Vana-Kasaritsa_(Kasaritsa)_vallavalitsus, lk 37
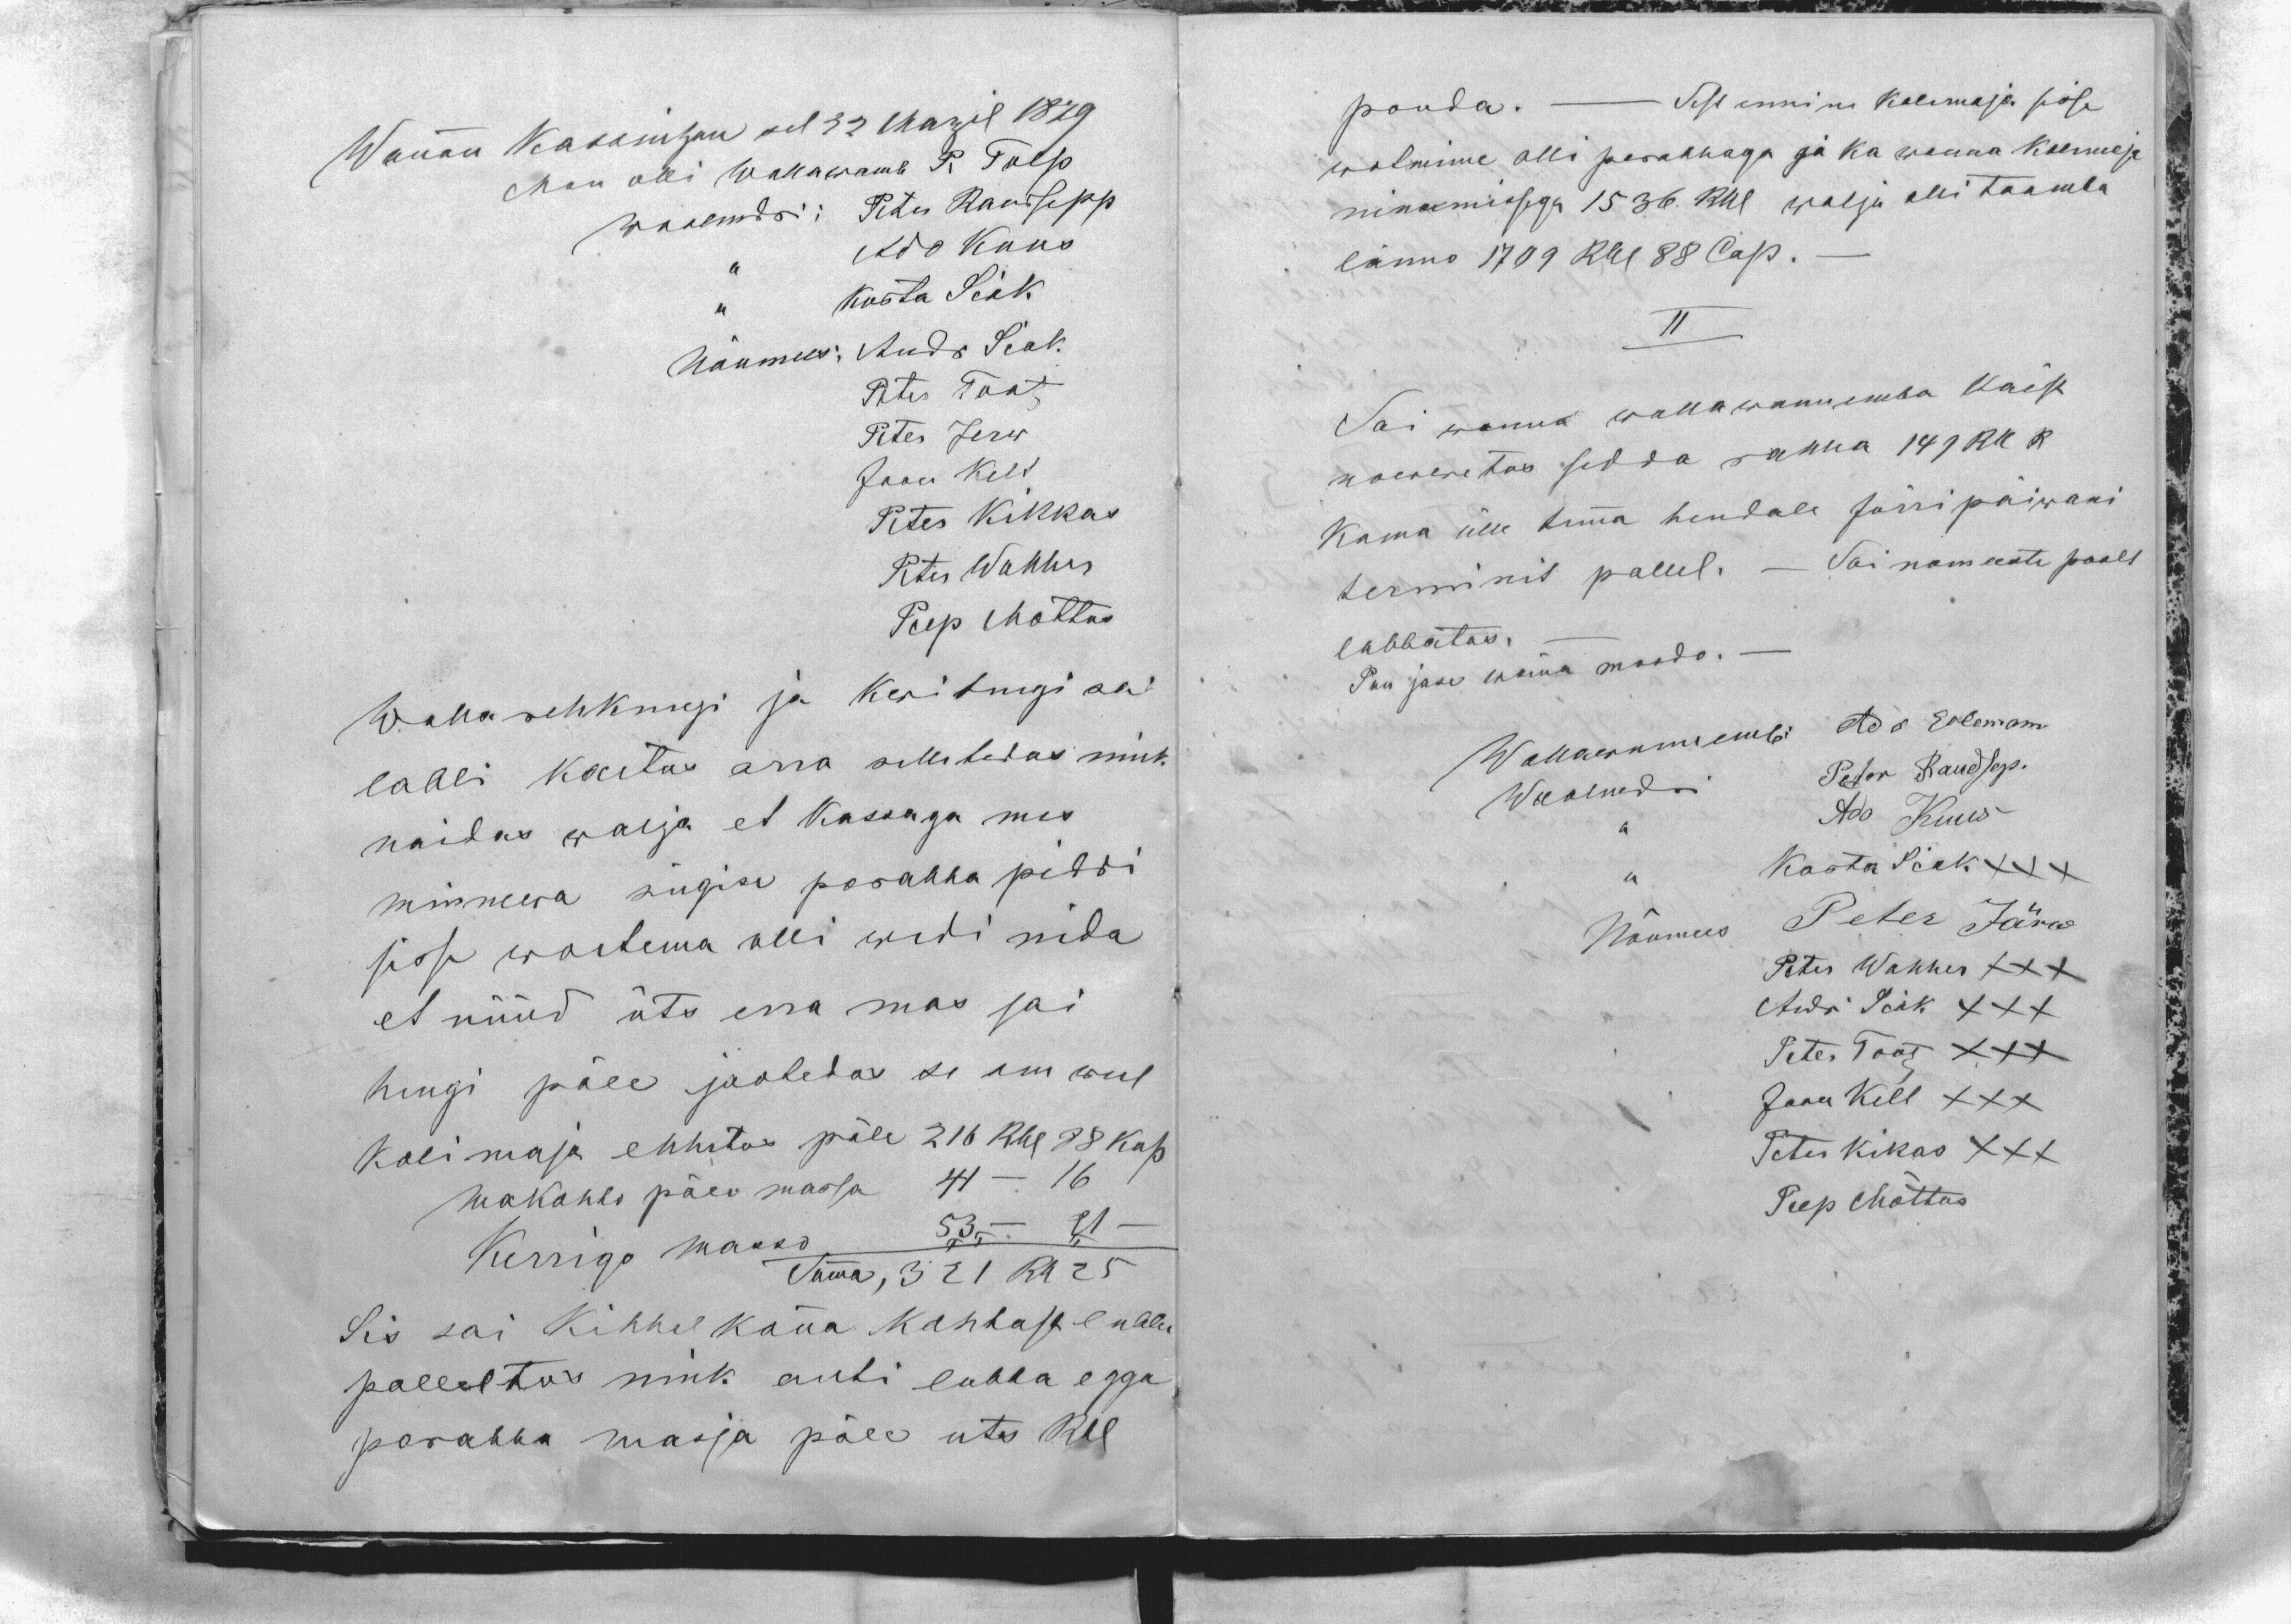
Wannan Kasseritzan sel 22 Marzil 1879
Man olli wallawamb P. Tulp
Woolmdri: Peter Raudsepp
,, Ado Kuus
,, Kusta Sick
Nõumees: Andr Sick
Peter Tootz
Peter Jerw
Jaan Kelt
Peter Kikkas
Peter Wahher
Peep Mottus
Walla rehknugi ja Kwitungi sai
labbi kaetus arra selletedas nink
naidas walja et Kassaga mes
minnewa sügise parahha piddi
sisse woetema olli wedi nida
et nüüd üts ena mas sai
hengi päle jaotedas se om weel
Kolimaja ehhitus päle 216 Rbl 88 kop
makohto päev massa 44 - 16
Kerrigo masso 53 - 71 -
Summa, 321 Rb 25
Sis sai kihhelkonna kohtost lubbe
palleltus nink anti lubba egga
parahha masja päle üts Rbl

ponda. - Sest ennine kolimaja sisse
wotmine olli parahhaga ja ka wanna kolimaja
ninamissega 1536 Rbl walja olli taamba
länno 1709 Rbl 88 Cop.-
II
Sai wanna wallawannemba käest
nowwetas sedda rahha 141 Rbl R
kama ülle temma hendale Jürripäiwani
terminit pallel. - Sai nomeeste poolt
lubbatas.-
Puu jase wanna moodo. -
Wallawannemb  Ado Erlemann
Woolmdri Peter Raudsep.
,, Ado Kuus
,, Kusta Sick XXX
Nõumees Peter Järw
Peter Wahher XXX
Andri Sick XXX
Peter Tootz XXX
Jaan Kelt XXX
Peter Kikas XXX
Peep Mõttus